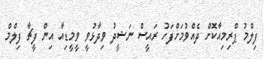
ފިލްމު ޕްރިމިއާކޮށް ދެއްވުމަށްފަހު ރައީސް ނަޝީދު ވިދާޅުވީ ވީމީޑިއާ އިން ފީޗާ ފިލްމް